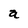
Character: a